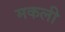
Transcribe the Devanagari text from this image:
मकली